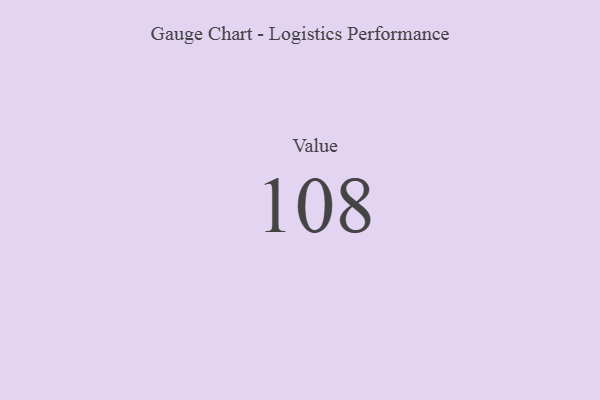
{"axis": {"x": "Metric", "y": "Value"}, "legend": [""], "data": [{"x": "Value", "y": 108, "type": ""}]}